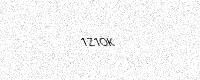
Text: 1Z1OK